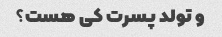
و تولد پسرت کی هست؟